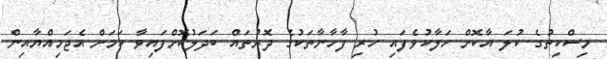
މިސްކިތުގެ ކުލަ އާކޮށް ހަލާކުވެފައި ހުރި ފާހާނާތަކުގެ ދޮރުތައް ބަދަލުކޮށްފައިވާ ކަމަށް އެޖަމިއްޔާއިން